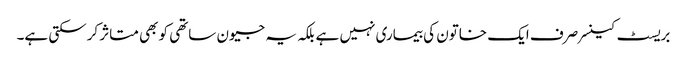
بریسٹ کینسر صرف ایک خاتون کی بیماری نہیں ہے بلکہ یہ جیون ساتھی کو بھی متاثر کرسکتی ہے۔